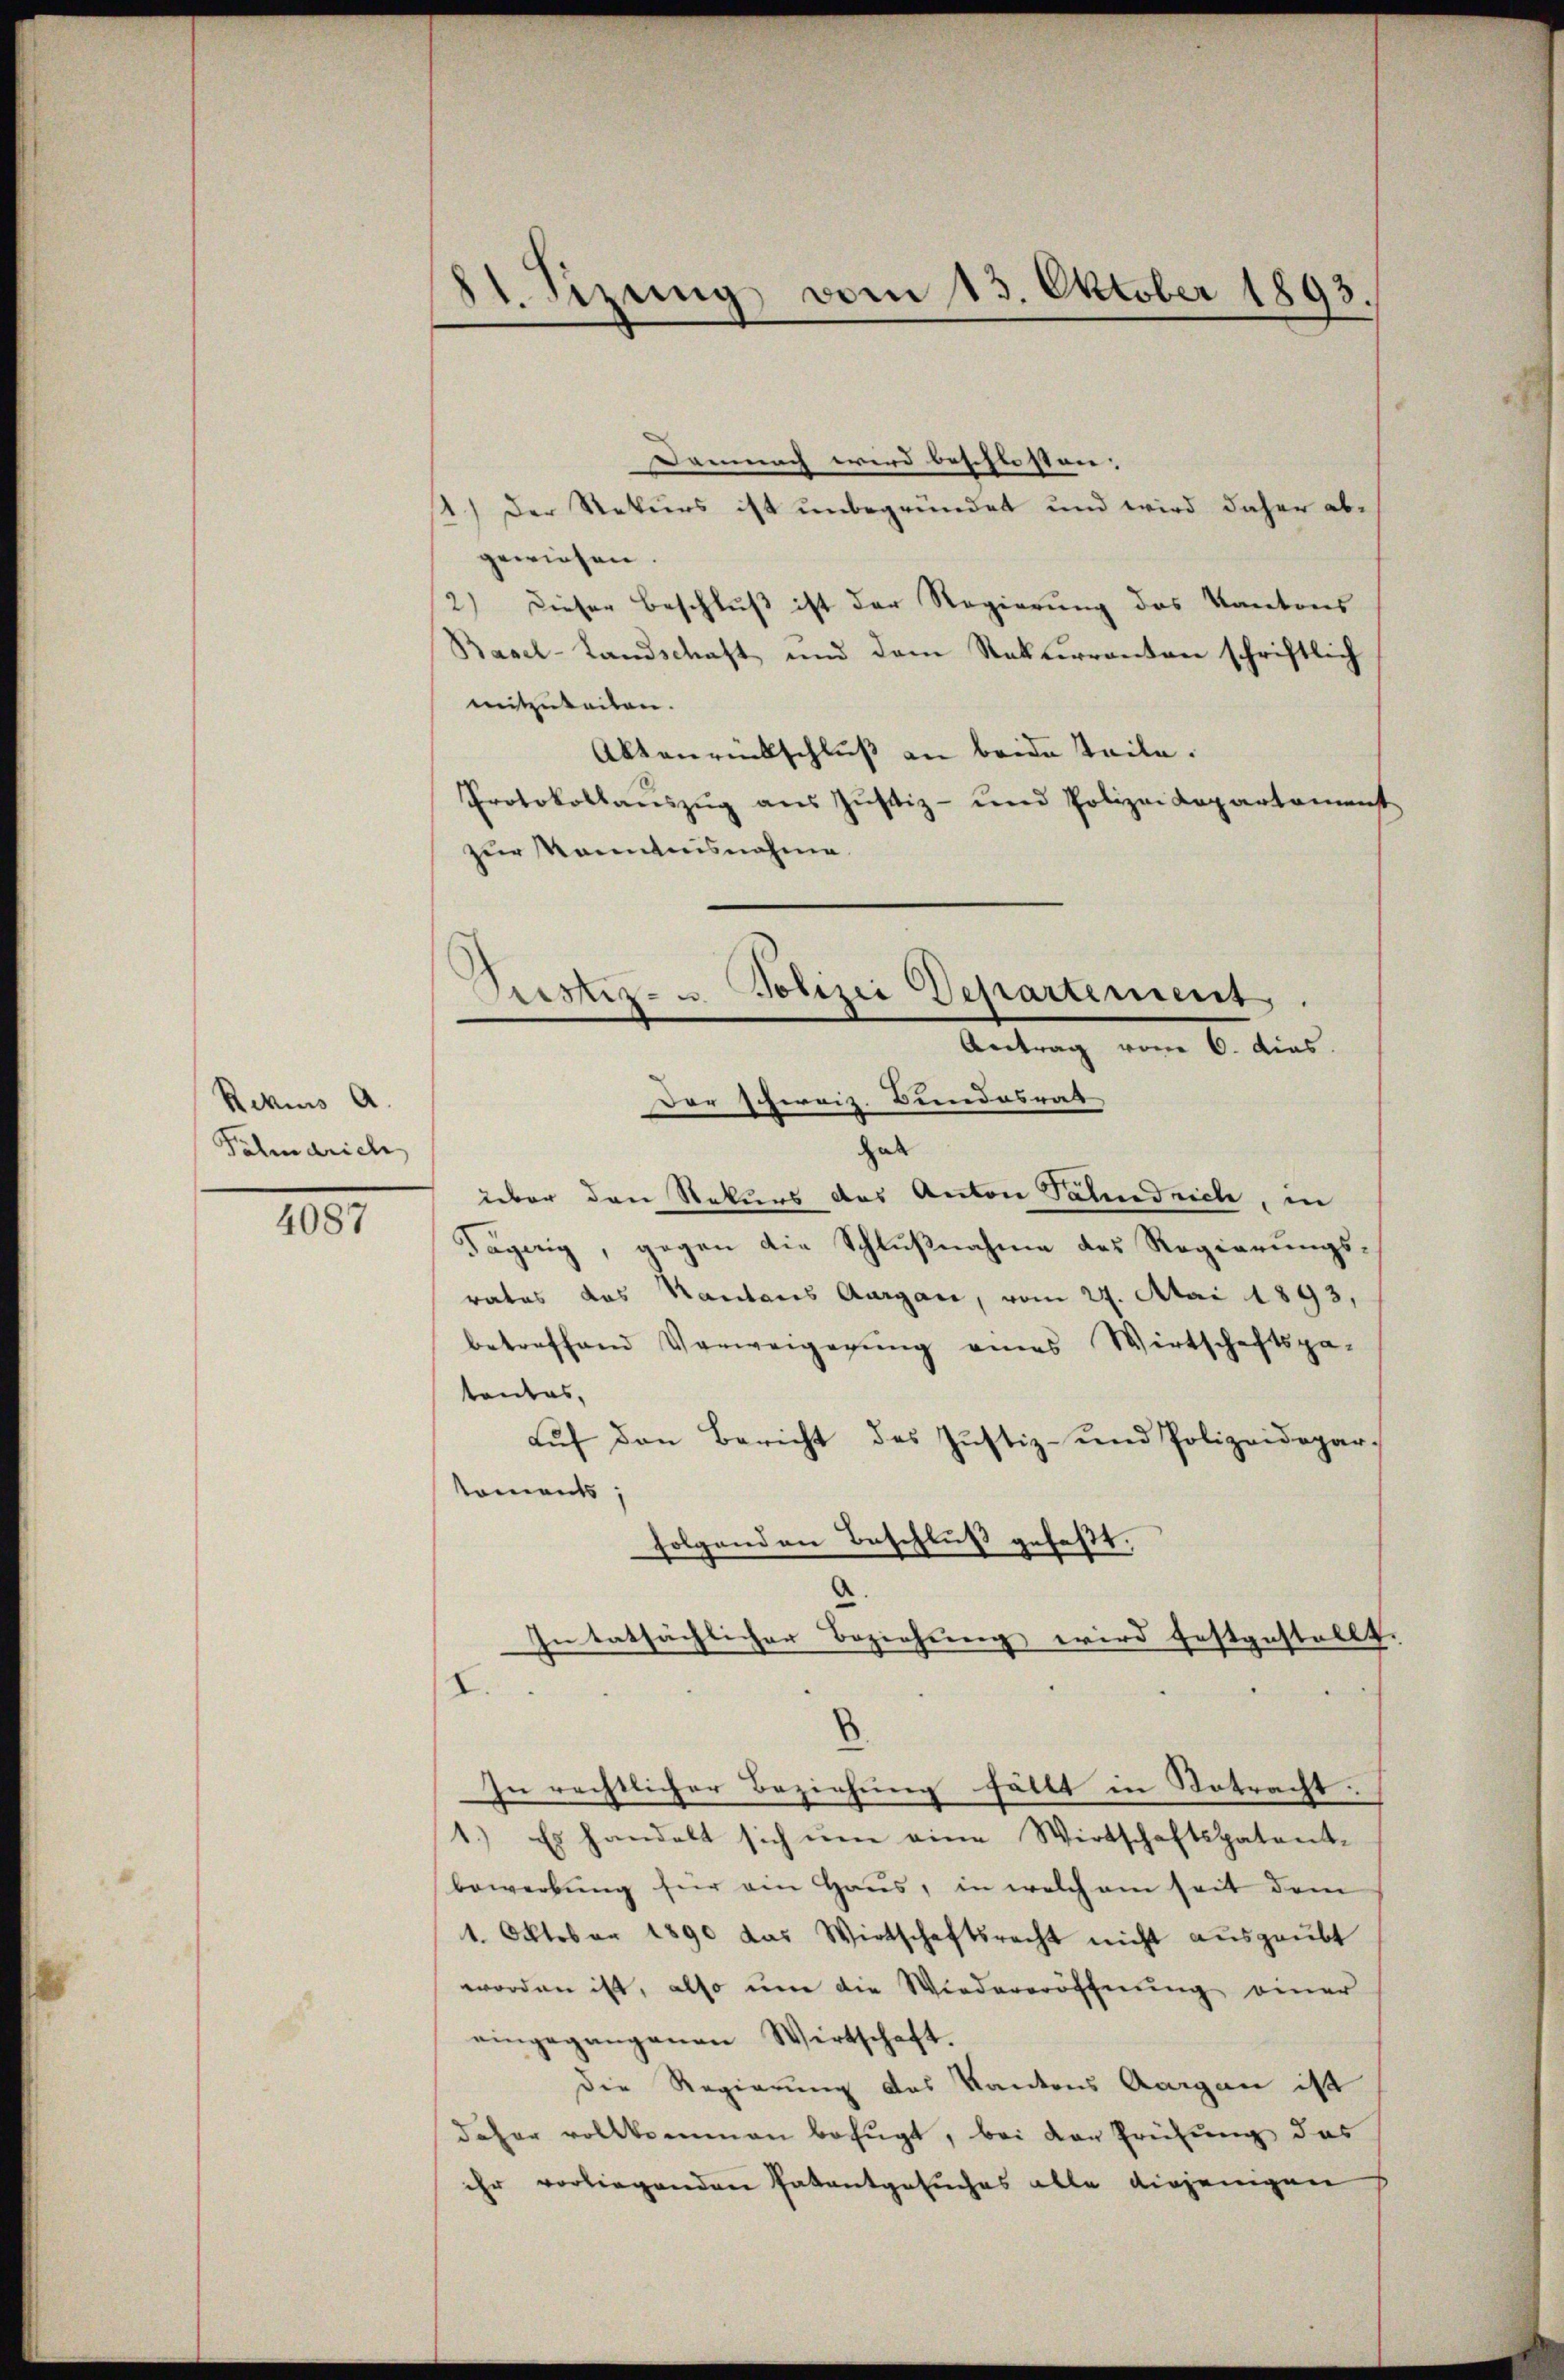
Rekurs a
Palindrich

4087

11. Sizung vom 15. Oktober 1893.

Demnach wird beschlossen.
1.) Der Rekurs ist unbegründet und wird daher ab-
gewiesen.
2) Dieser Beschluß ist der Regierung des Kantons
Basel-Landschaft und dem Rekurranten schriftlich
mitzuteilen.
Aktenrückschluß an beide Teile.
Protokollaŭszŭg aŭs Jŭstiz- und Polizei Lapartament
zur Kenntnisnahme

Justiz- u Polizei Departement.
Antrag vom 6. dies
Der schweiz. Bundesrat

hab
über den Rekurs des Anton Talndrich, in
Tägerig, gegen die Schlußnahme des Regierungsrates das Kantons Aargau, vom 24. Atai 1893,
betreffend Verweigegŭng eines Wirtschaftspa-
tantas,
aŭf den Bericht des Justiz- und Polizeidepar-
koments,
folgenden Beschluß gefaßt.
In tatsächlicher Beziehung wird festgestellt.
I.
3
In rechtlicher Beziehung fällt in Notracht.
1.) Es handelt sich um eine Wirtschaftspatent-
bewerbung für ein Haus, in welchem seit dem
1. Oktober 1890 das Wirtschaftsrecht nicht aŭsgeübt
worden ist, also um die Wiedereröffnung einer
eingegangenen Wirtschaft.
die Regierung des Kantons Aargau ist
daher vollkommen befugt, bei der Prüfung des
ihr vorliegenden Patentgesuches alle diejenigen